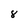
Character: 8